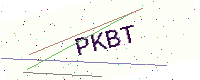
Text: PKBT